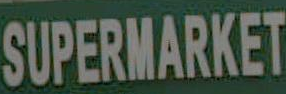
SUPERMARKET